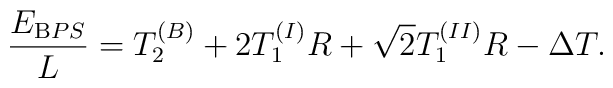
\frac{E_{{\mathrm BPS}}}{L} =T_2^{(B)} + 2 T_1^{(I)} R + \sqrt{2} T_1^{(II)} R- \Delta T.